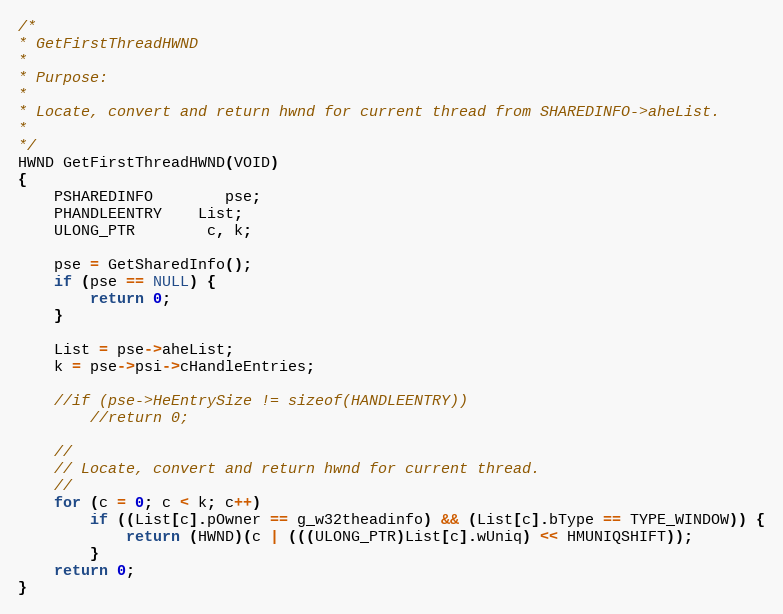
Language: C
/*
* GetFirstThreadHWND
*
* Purpose:
*
* Locate, convert and return hwnd for current thread from SHAREDINFO->aheList.
*
*/
HWND GetFirstThreadHWND(VOID)
{
	PSHAREDINFO		pse;
	PHANDLEENTRY	List;
	ULONG_PTR		c, k;

	pse = GetSharedInfo();
	if (pse == NULL) {
		return 0;
	}

	List = pse->aheList;
	k = pse->psi->cHandleEntries;

	//if (pse->HeEntrySize != sizeof(HANDLEENTRY))
		//return 0;

	//
	// Locate, convert and return hwnd for current thread.
	//
	for (c = 0; c < k; c++)
		if ((List[c].pOwner == g_w32theadinfo) && (List[c].bType == TYPE_WINDOW)) {
			return (HWND)(c | (((ULONG_PTR)List[c].wUniq) << HMUNIQSHIFT));
		}
	return 0;
}